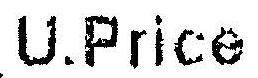
U.PRICE